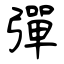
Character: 彈